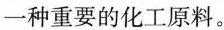
一种重要的化工原料。